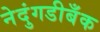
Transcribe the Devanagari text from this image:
नेदुंगडीबँक